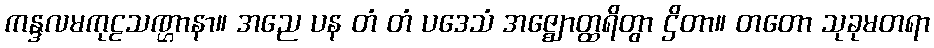
ကန္ဒလမကုဠသဏ္ဌာနာ။ အညေ ပန တံ တံ ပဒေသံ အဇ္ဈောတ္ထရိတွာ ဌိတာ။ တတော သုခုမတရာ